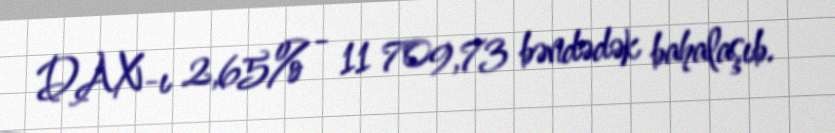
DAX-ı 2,65% - 11 709,73 bəndədək bahalaşıb.